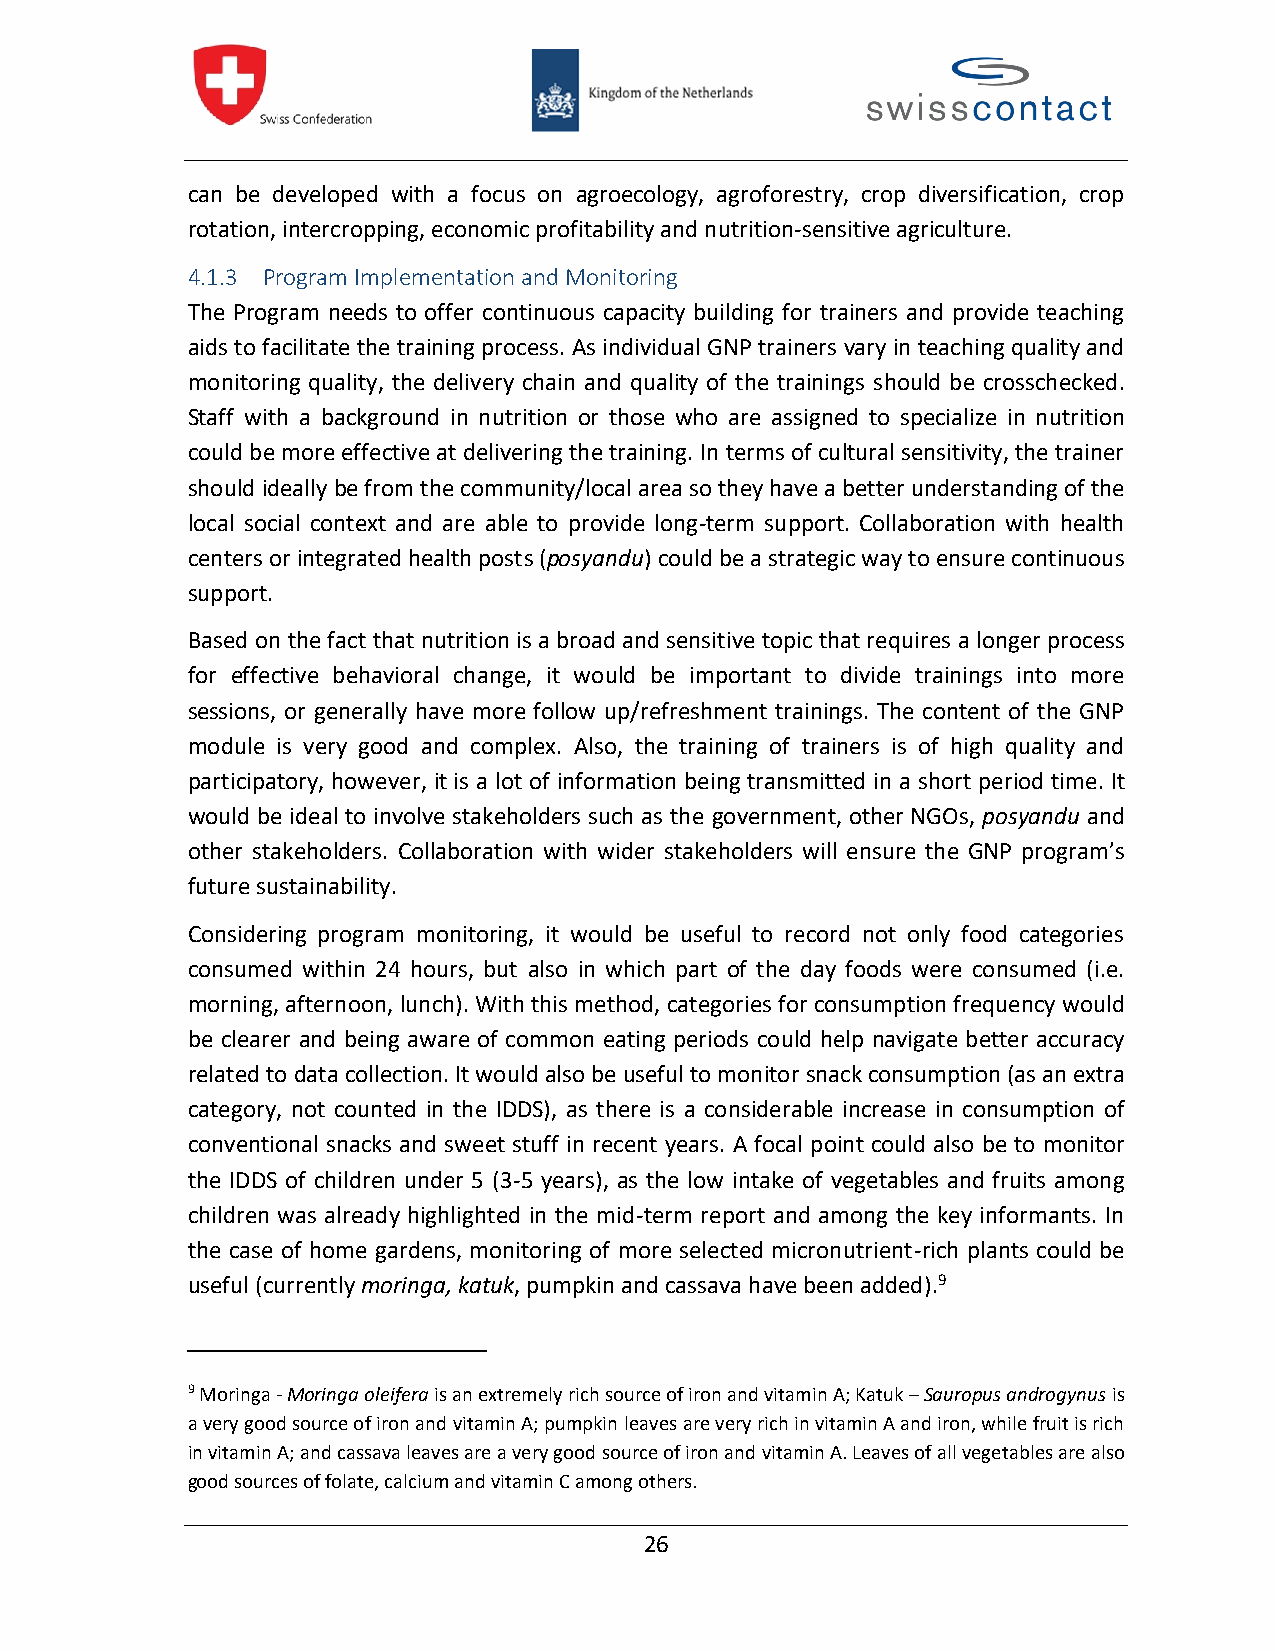
can be developed with a focus on agroecology, agroforestry, crop diversification, crop
 rotation, intercropping, economic profitability and nutrition-sensitive agriculture.
 4.1.3 Program Implementation andMonitoring
 The Program needs to offer continuous capacity building for trainers and provide teaching
 aids to facilitate the training process. As individual GNP trainers vary in teaching quality and
 monitoring quality, the delivery chain and quality of the trainings should be crosschecked.
 Staff with a background in nutrition or those who are assigned to specialize in nutrition
 could be more effective at delivering the training. In terms of cultural sensitivity, the trainer
 shouldideallybe from the community/local area so they have abetter understanding of the
 local social context and are able to provide long-term support. Collaboration with health
 centers or integrated health posts(posyandu) could be a strategic way to ensure continuous
 support.
 Based on the fact thatnutrition is a broad and sensitive topic that requires a longer process
 for effective behavioral change, it would be important to divide trainings into more
 sessions, or generally have more follow up/refreshment trainings. The content of the GNP
 module is very good and complex. Also, the training of trainers is of high quality and
 participatory, however, it is a lot of information being transmitted in a short period time. It
 would be ideal to involve stakeholders such as the government, other NGOs, posyandu and
 other stakeholders. Collaboration with wider stakeholders will ensure the GNP program’s
 future sustainability.
 Considering program monitoring, it would be useful to record not only food categories
 consumed within 24 hours, but also in which part of the day foods were consumed (i.e.
 morning, afternoon, lunch). With this method, categoriesfor consumption frequency would
 be clearer and being aware of common eating periods could help navigate better accuracy
 related todata collection. It wouldalsobeuseful to monitorsnack consumption(asanextra
 category, not counted in the IDDS), as there is a considerable increase in consumption of
 conventional snacks and sweet stuff in recent years. A focal point could also be to monitor
 the IDDS of children under 5 (3-5 years), as the low intake of vegetables and fruits among
 children was already highlighted in the mid-term report and among the key informants. In
 the case of home gardens, monitoring of more selected micronutrient-rich plants could be
 useful (currentlymoringa, katuk, pumpkin and cassava have been added).9
 9Moringa-Moringa oleiferaisanextremely richsource of iron and vitamin A; Katuk–Sauropus androgynusis
 a very good source of iron and vitamin A; pumpkinleavesare very rich in vitamin A and iron, while fruit is rich
 in vitaminA; and cassava leaves areavery good source of iron and vitamin A. Leaves of allvegetablesare also
 good sources of folate, calcium and vitamin C among others.
 26